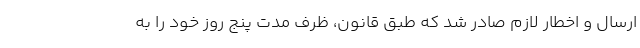
ارسال و اخطار لازم صادر شد که طبق قانون، ظرف مدت پنج روز خود را به